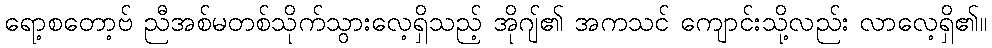
ရော့စတော့ဗ် ညီအစ်မတစ်သိုက်သွားလေ့ရှိသည့် အိုဂျ်၏ အကသင် ကျောင်းသို့လည်း လာလေ့ရှိ၏။